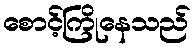
စောင့်ကြိုနေသည်